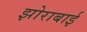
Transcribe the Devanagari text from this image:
झोराबाई